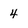
Character: 4